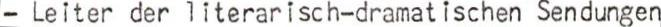
- Leiter der literarisch-dramatischen Sendungen